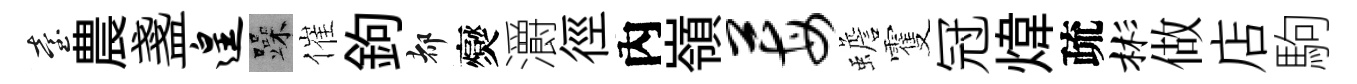
臺農盞遑躁催鉤都爕灂徑內嶺莓蟾䨥冠煒疏彬做店駒